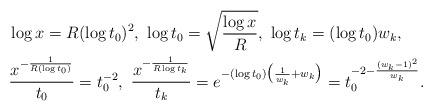
LaTeX: \begin{align*}& \log x = R(\log t_0)^2, \ \log t_0 = \sqrt{\frac{\log x}{R}}, \ \log t_k = (\log t_0) w_k, \\ \ & \frac{x^{-\frac{1}{R(\log t_{0})}} }{t_0} = t_0^{-2}, \ \frac{x^{-\frac{1}{R\log t_{k} }} }{t_k} = e^{-(\log t_0) \big(\frac{1}{w_k} + w_k\big)} = t_0^{-2 - \frac{(w_k-1)^2}{w_k} } .\end{align*}